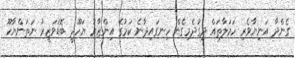
ގެންދާ އަނިޔާވެރި ހަމަލާތައް ދިގުދެމިގެން ހިނގައިދާނެ ކަމުގެ އިންޒާރު ޔަހޫދީ ބޮޑުވަޒީރު ނަތަންޔާހޫ